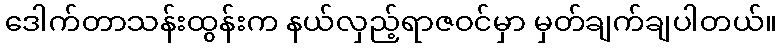
ဒေါက်တာသန်းထွန်းက နယ်လှည့်ရာဇဝင်မှာ မှတ်ချက်ချပါတယ်။